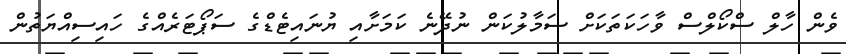
ވެން ހާލް ސްކޯލްސް ވާހަކަތަކަށް ސަމާލުކަން ނުދޭނެ ކަމަށާއި ޔުނައިޓެޑްގެ ސަޕޯޓަރެއްގެ ހައިސިއްޔަތުން